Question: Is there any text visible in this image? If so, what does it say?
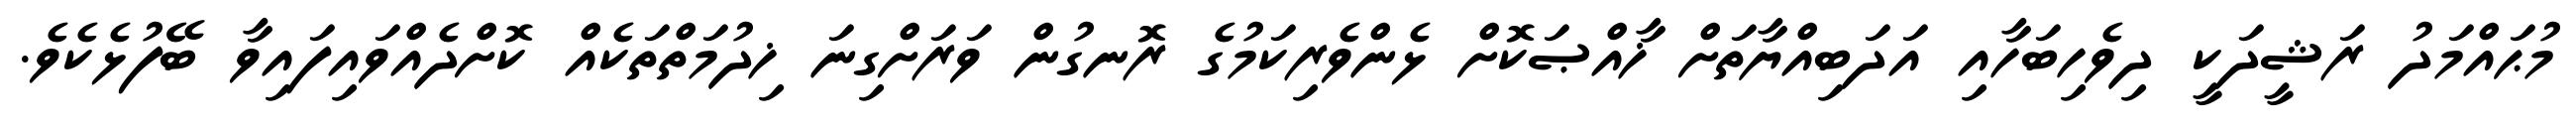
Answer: މުޙައްމަދު ރަޝީދަކީ ދިވެހިބަހާއި އަދަބިއްޔާތަށް ޚާއްޞަކޮށް ޅެންވެރިކަމުގެ ރޮނގުން ވަރަށްގިނަ ޚިދުމަތްތަކެއް ކޮށްދެއްވައިފައިވާ ބޭފުޅެކެވެ.